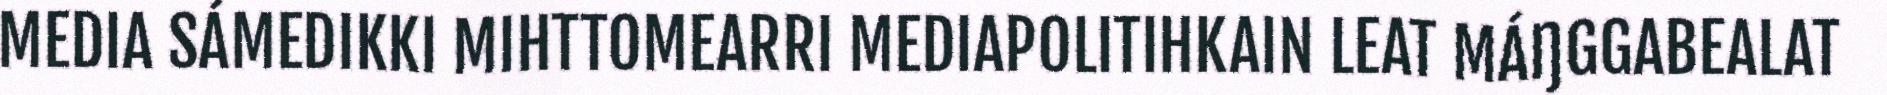
MEDIA SÁMEDIKKI MIHTTOMEARRI MEDIAPOLITIHKAIN LEAT MÁŊGGABEALAT